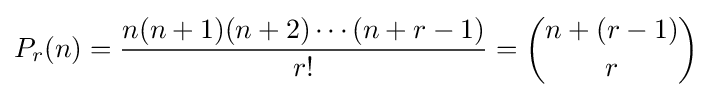
P_{r}(n)={\frac {n(n+1)(n+2)\cdots (n+r-1)}{r!}}={\binom {n+(r-1)}{r}}